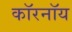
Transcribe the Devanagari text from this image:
कॉरनॉय